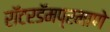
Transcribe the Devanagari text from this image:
रॉटरडॅमप्रमाणे